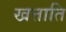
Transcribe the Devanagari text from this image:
खत्ताति